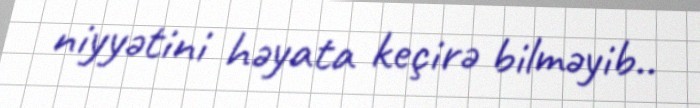
niyyətini həyata keçirə bilməyib..